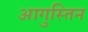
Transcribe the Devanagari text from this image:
आगुस्तिन